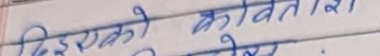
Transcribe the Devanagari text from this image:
दिइएको कवितांश